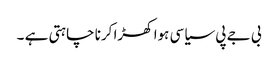
بی جے پی سیاسی ہوا کھڑا کرنا چاہتی ہے ۔